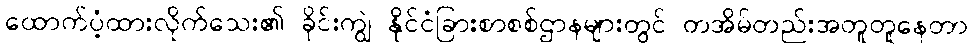
ထောက်ပံ့ထားလိုက်သေး၏ ခိုင်းကျွဲ နိုင်ငံခြားစာစစ်ဌာနများတွင် တအိမ်တည်းအတူတူနေတာ